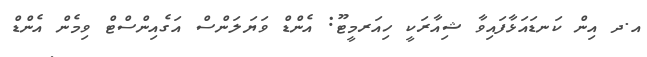
އ.ދ އިން ކަނޑައަޅާފައިވާ ޝިއާރަކީ ހިއަރމީޓޫ: އެންޑް ވަޔަލަންސް އަގެއިންސްޓް ވިމެން އެންޑް